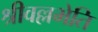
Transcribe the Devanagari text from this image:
श्रीवल्लभेति